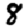
Digit: 8